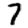
Digit: 7